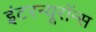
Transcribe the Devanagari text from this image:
इंटरन्यूरॉन्स